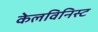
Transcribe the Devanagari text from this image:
केलविनिस्ट